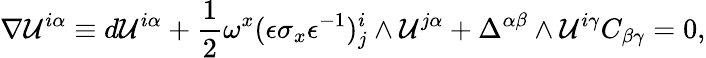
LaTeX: \nabla{\cal U}^{i\alpha}\equiv d{\cal U}^{i\alpha}+{\frac{1}{2}}\omega^{x}(\epsilon\sigma_{x}\epsilon^{-1})_{j}^{i}\wedge{\cal U}^{j\alpha}+\Delta^{\alpha\beta}\wedge{\cal U}^{i\gamma}C_{\beta\gamma}=0,